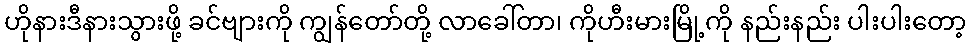
ဟိုနားဒီနားသွားဖို့ ခင်ဗျားကို ကျွန်တော်တို့ လာခေါ်တာ၊ ကိုဟီးမားမြို့ကို နည်းနည်း ပါးပါးတော့